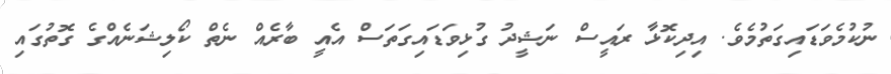
ނުކުމެވަޑައިގަތުމެވެ. އިދިކޮޅާ ރައީސް ނަޝީދު ގުޅިވަޑައިގަތަސް އެއީ ބާރެއް ނެތް ކޯލިޝަނެއްގެ ގޮތުގައި